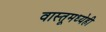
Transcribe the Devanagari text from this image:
वास्तूमध्येही